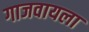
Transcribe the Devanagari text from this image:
गाजवायला